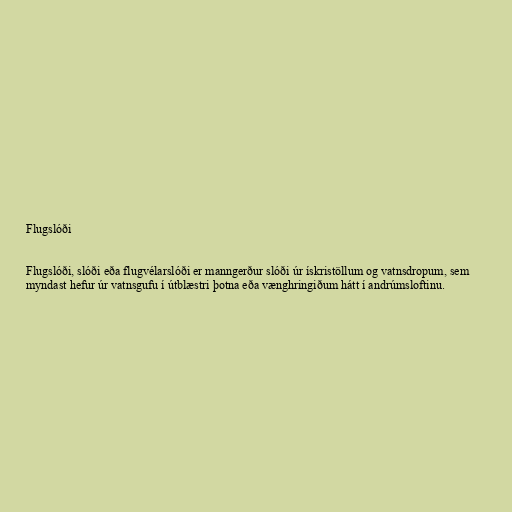
Flugslóði

Flugslóði, slóði eða flugvélarslóði er manngerður slóði úr ískristöllum og vatnsdropum, sem
myndast hefur úr vatnsgufu í útblæstri þotna eða vænghringiðum hátt í andrúmsloftinu.